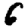
Digit: 6